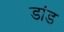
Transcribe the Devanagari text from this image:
डांड